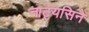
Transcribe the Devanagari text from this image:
नाट्यसिने